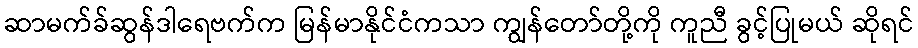
ဆာမက်ခ်ဆွန်ဒါရေဗက်က မြန်မာနိုင်ငံကသာ ကျွန်တော်တို့ကို ကူညီ ခွင့်ပြုမယ် ဆိုရင်